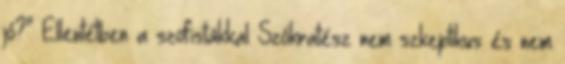
jó?” Ellentétben a szofistákkal Szókratész nem szkeptikus és nem